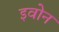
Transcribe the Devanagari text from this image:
इवोन